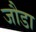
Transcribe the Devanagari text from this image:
जौडा